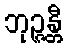
ဘုဉ္ဇန္တီ